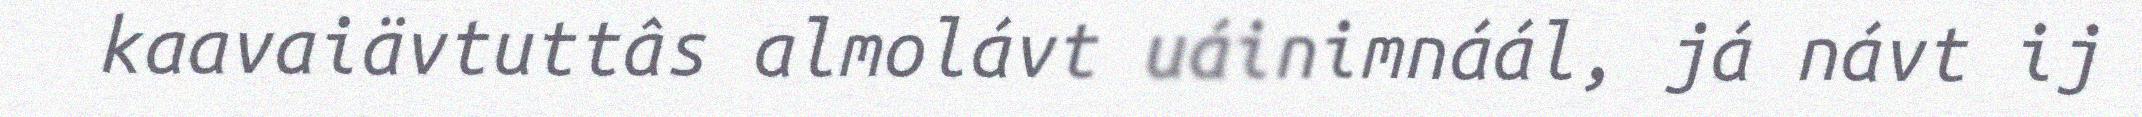
kaavaiävtuttâs almolávt uáinimnáál, já návt ij